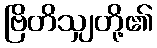
ဗြိတိသျှတို့၏